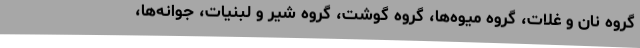
گروه نان و غلات، گروه میوه‌ها، گروه گوشت، گروه شیر و لبنیات، جوانه‌ها،